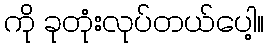
ကို ခုတုံးလုပ်တယ်ပေါ့။